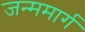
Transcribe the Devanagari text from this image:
जन्ममार्ग